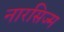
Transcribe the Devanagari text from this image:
नारसिज्म